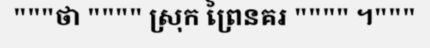
"""ថា """" ស្រុក ព្រៃនគរ """" ។"""